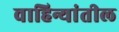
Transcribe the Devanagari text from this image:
वाहिन्यांतील